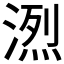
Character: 𪶭